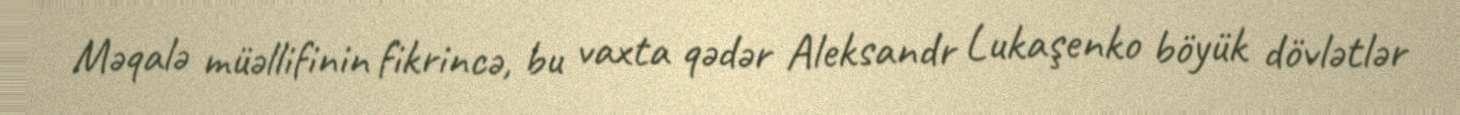
Məqalə müəllifinin fikrincə, bu vaxta qədər Aleksandr Lukaşenko böyük dövlətlər